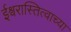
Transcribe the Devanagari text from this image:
ईश्वरास्तित्वाच्या